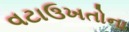
વટાઉખતોના